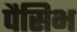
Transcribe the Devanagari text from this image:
पैसिभ